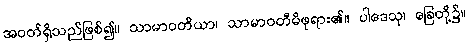
အဝတ်ရှိသည်ဖြစ်၍။ သာမာဝတိယာ၊ သာမာဝတီမိဖုရား၏။ ပါဒေသု၊ ခြေတို့၌။